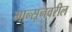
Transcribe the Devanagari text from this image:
मान्सूनवरील